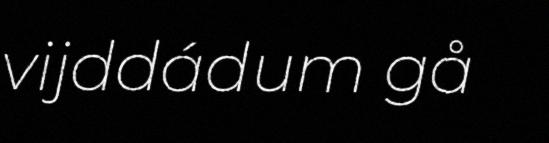
vijddádum gå